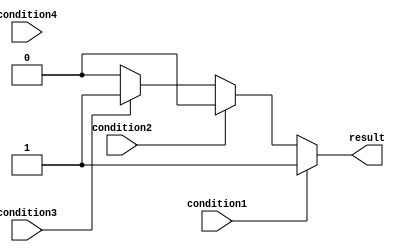
module if_else_ladder (
    input wire condition1,
    input wire condition2,
    input wire condition3,
    input wire condition4,
    output reg result
);

always @(*) begin
    if (condition1) begin
        result <= 1; // Execute corresponding action for condition1
    end
    else if (condition2) begin
        result <= 2; // Execute corresponding action for condition2
    end
    else if (condition3) begin
        result <= 3; // Execute corresponding action for condition3
    end
    else if (condition4) begin
        result <= 4; // Execute corresponding action for condition4
    end
    else begin
        result <= 0; // Default action if none of the conditions are true
    end
end

endmodule